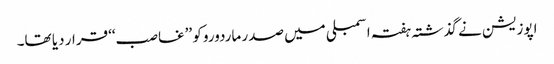
اپوزیشن نے گذشتہ ہفتہ اسمبلی میں صدر ماردورو کو ’’غاصب‘‘ قرار دیا تھا۔